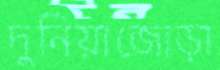
দুনিয়াজোড়া